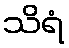
သိရံ